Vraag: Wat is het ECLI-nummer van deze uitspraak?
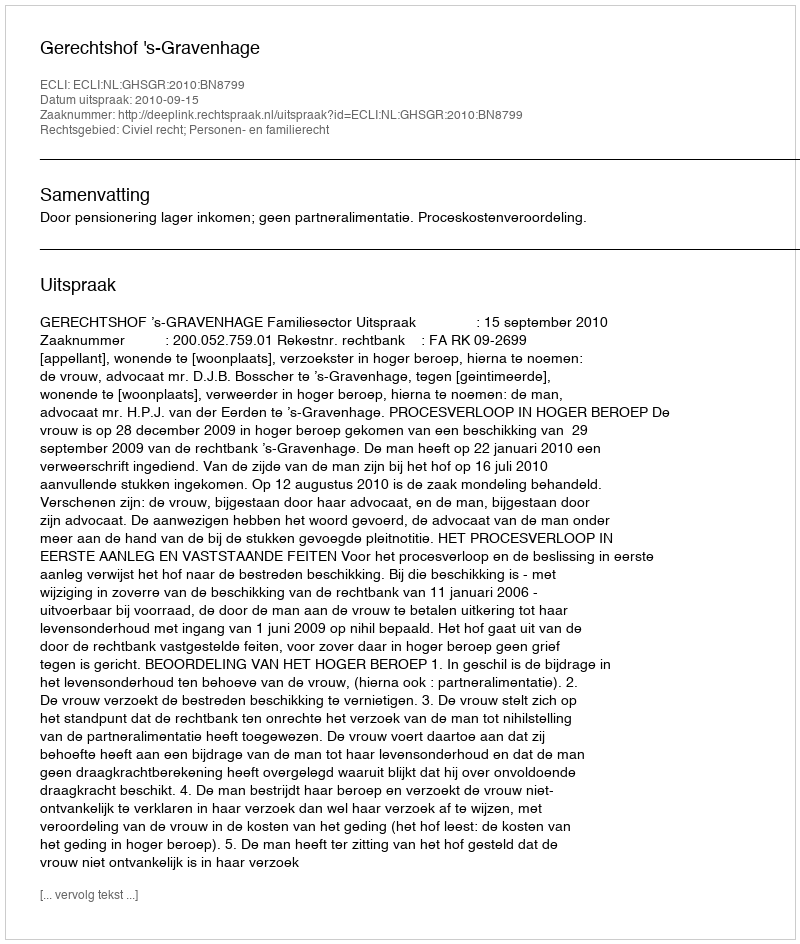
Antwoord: ECLI:NL:GHSGR:2010:BN8799